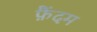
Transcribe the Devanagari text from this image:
फ़ैंदम